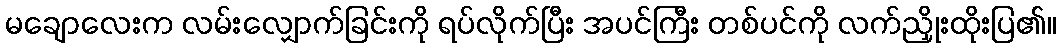
မချောလေးက လမ်းလျှောက်ခြင်းကို ရပ်လိုက်ပြီး အပင်ကြီး တစ်ပင်ကို လက်ညှိုးထိုးပြ၏။